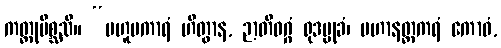
ကတ္တုမိစ္ဆသိ။ “ဗဟူပကာရံ ဟိတွာန, ဉာတိဝဂ္ဂံ ရုဒမ္မုခံ၊ မဟာနတ္ထကရံ ကောဓံ,